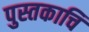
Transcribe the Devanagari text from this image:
पुस्तकाचि